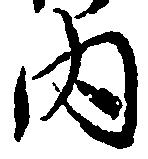
内